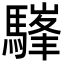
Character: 𩥪